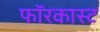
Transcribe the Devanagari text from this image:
फॉरकास्ट